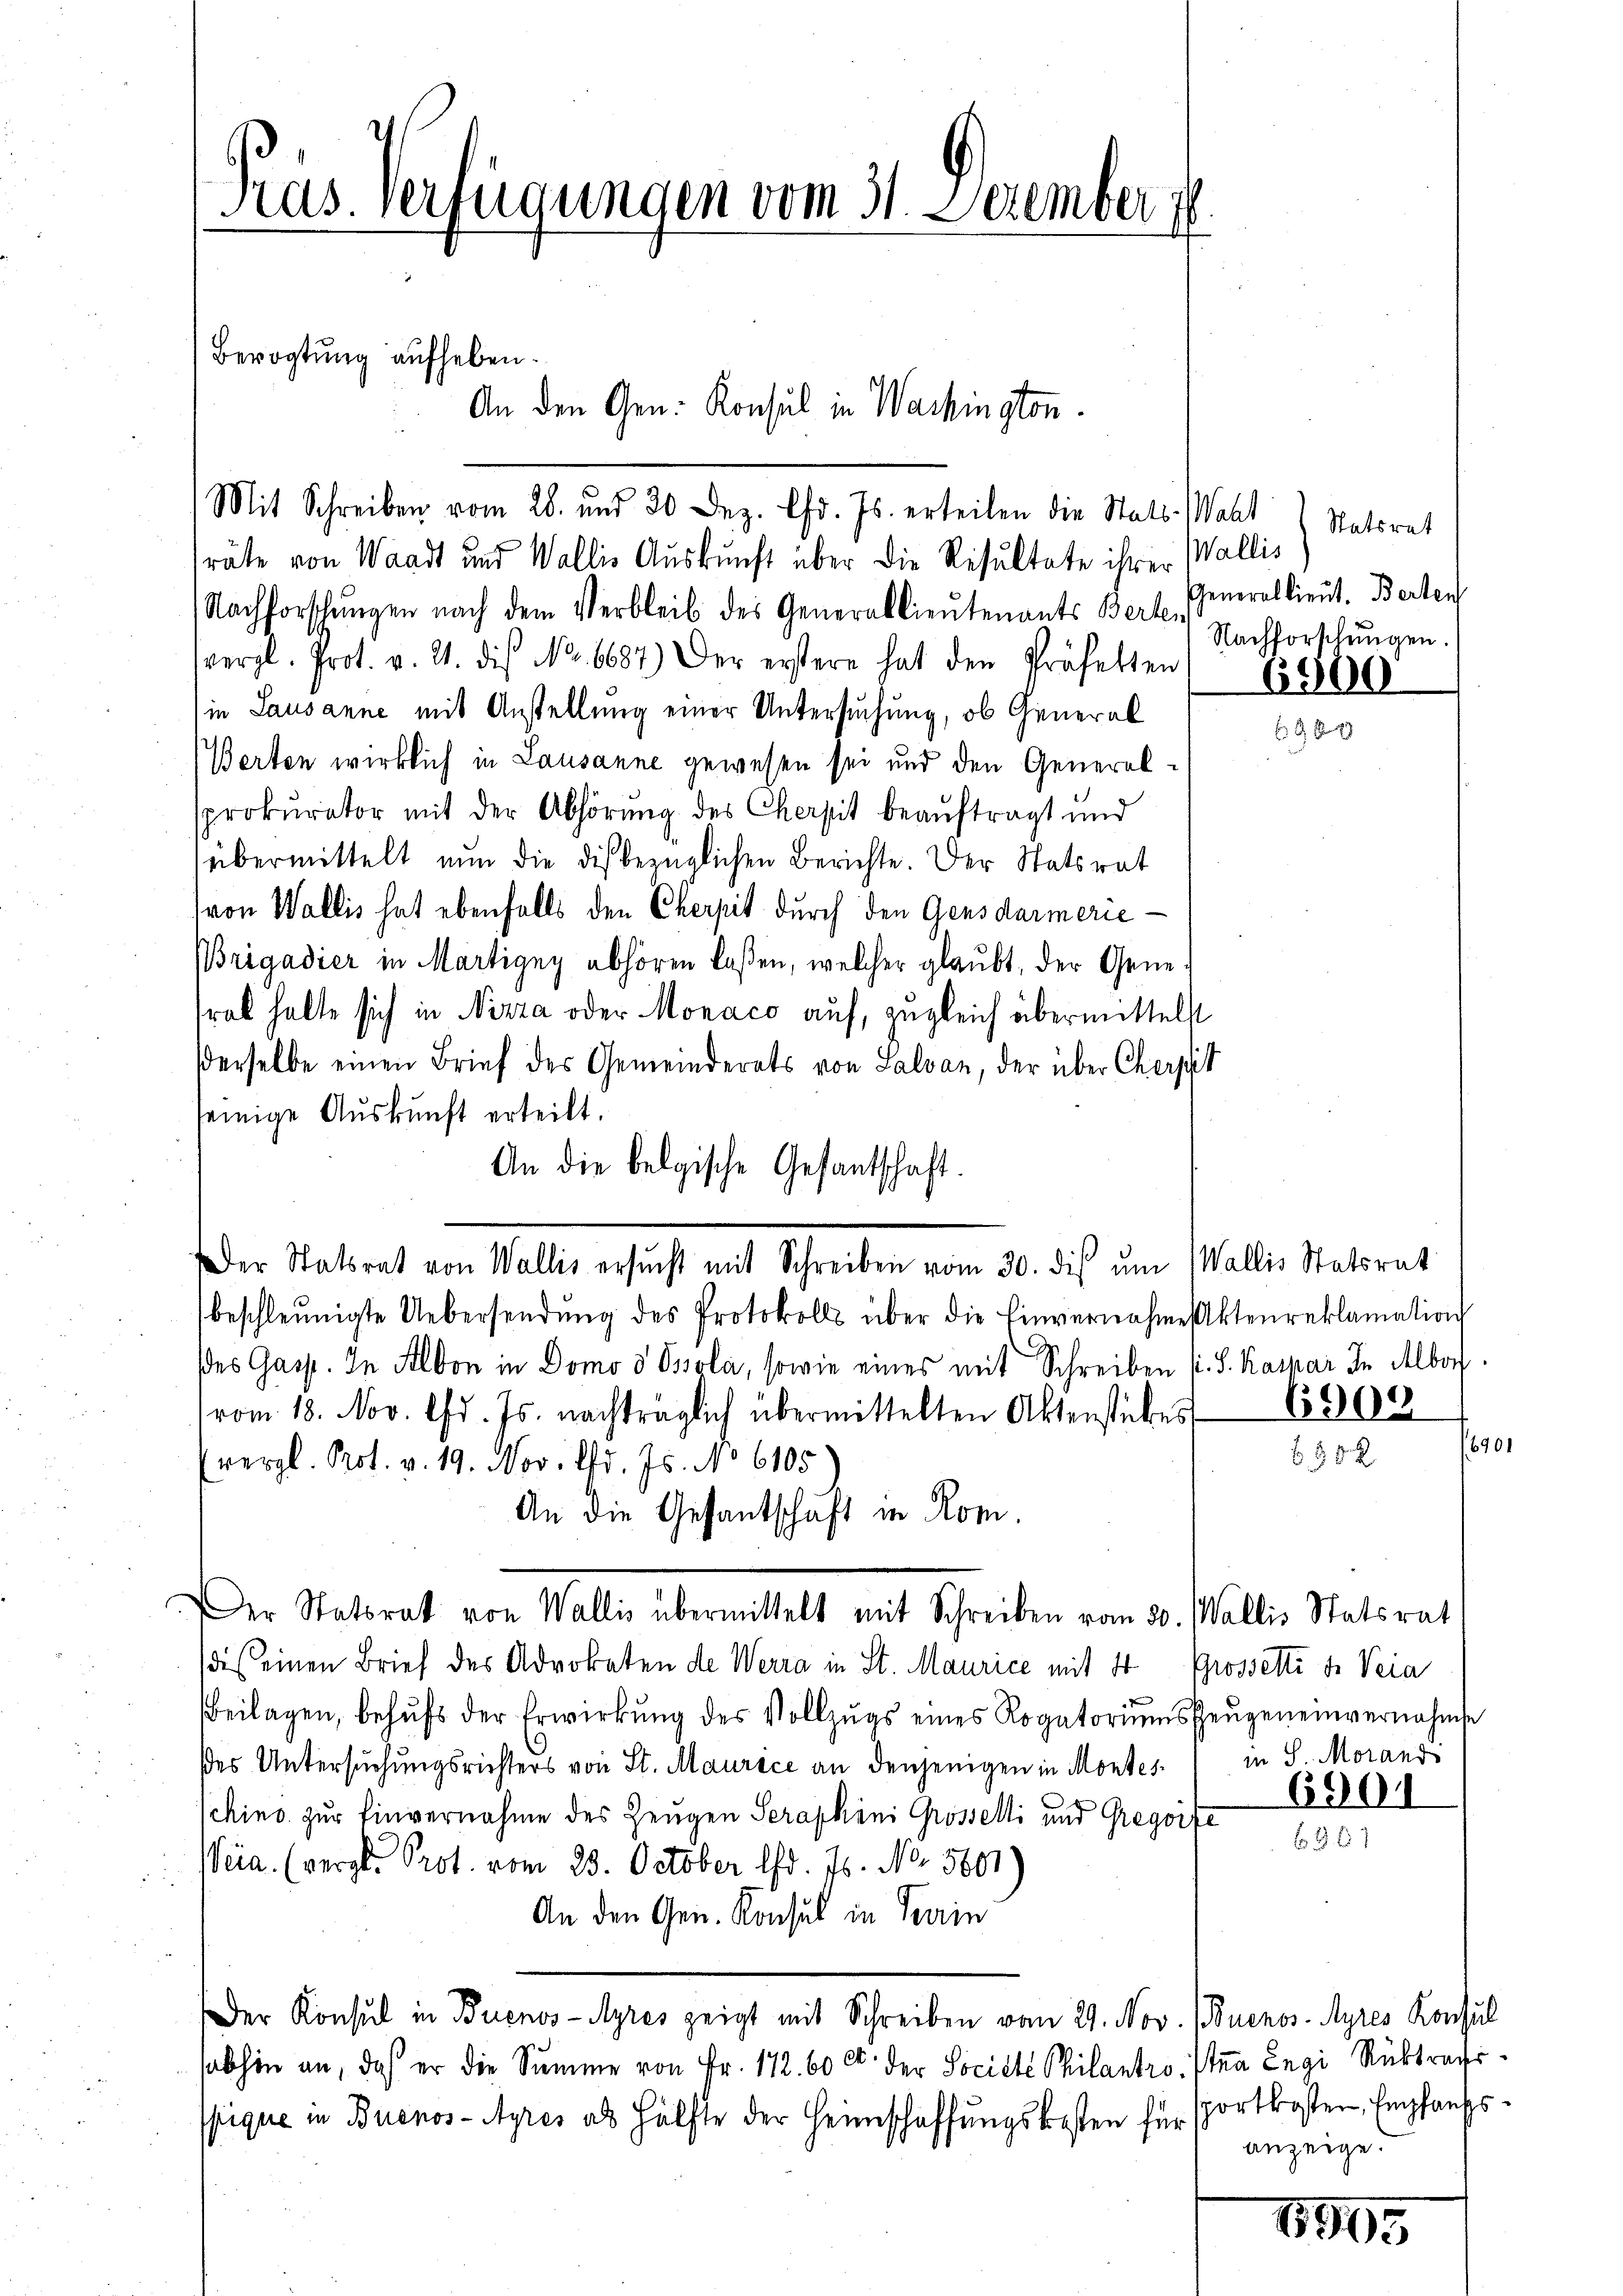
Pras Verfügungen vom 31. Dezember 1
Bevogtung aufheben.
An den Gen. Konsul in Washington

Mit Schreiben vom 28. und 30 Dez. lfd. Js. erteilen die Stats-Wahl (Statsrat

räte von Waadt und Wallis Auskunft über die Resultate ihrer Wallis
Nachforschungen nach dem Verbleib des Generallieutenants Berten
vergl. Prot. v. 21. die No. 6687) Der erstere hat den Präfekten
in Lausanne mit Anstellung einer Untersuchung, ob General
9
Berten wirklich in Lausanne gewesen sei und den Generalsprokurator mit der Abhörung des Cherpit beaŭftragt und
übermittelt nŭn die dis bezüglichen Berichte. Der Statsrat
(von Wallis hat ebenfalls den Cherpit durch den Gensdarmerie-
Brigadier in Martigny abhören laßen, welcher glaubt, der Generab halte sich in Nizza oder Monaco auf, zugleich übermittelst
derselbe einen Brief des Gemeinderats von Salvan, der über Cherpit
seinige Auskunft erteilt.
An die belgische Gesantschaft.
Der Statsrat von Wallis ersŭcht mit Schreiben vom 30. dis ŭm Wallis Statsrat
beschleunigte Uebersendŭng des Protokoll über die Einvernahmes Aktenreklamation
des Gasst. In Albon in Domo d Ossola, sowie eines mit Schreiben (S. Kaspar In Alberg.
vom 18. Nov. lfd. Js. nachträglich übermittelten Aktenstückes 18000
(vergl. Prot. v. 19. Nov. d. Js. No 6105
An die Gesantschäft in Rom.
Der Statsrat von Wallis übermittelt mit Schreiben vom 30. Wallis Statsrat
dis einen Brief des Advokaten de Werra in St. Maurice mit 4 Grossetti d. Veia
Beilagen, behŭfs der Erwirkŭng des Vollzŭgs eines Rogatoriumszeŭgeneinvernahmse
des Untersuchungsrichters von St. Maurice an denjenigen in Montes. in S. Morand
chino zur Einvernahme des Zeugen Seraphini Grosselli und Gregoife 1901
Veia. (vergl. Prot. vom 28. October lfd. 76. No. 5601
An den Gen. Konsul in Terrin
Der Konsul in Buenos-Ayres zeigt mit Schreiben vom 29. Nov. (Buenos-Ayres Konsul
sabhin an, daß er die Summe von Fr. 172. 60 Ct. der Societe Philantrosten Legi Rücktrafs
Phique in Buenos-Ayres als Hälfte der Heimschaffŭngskosten für sportkosten Empfangsanzeige.

Generallieut. Berten
Nachforschungen.

6500

690.
55 2

6901

1993